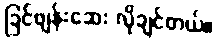
ခြင်ဖျန်းဆေး လိုချင်တယ်။